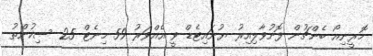
މޮރީނިއޯ ބެންޗުން ފޮނުވާލިއިރު ޔުނައިޓެޑް ވީ އެއްވަރު 59 މިނެޓް 25 ސިކުންތު